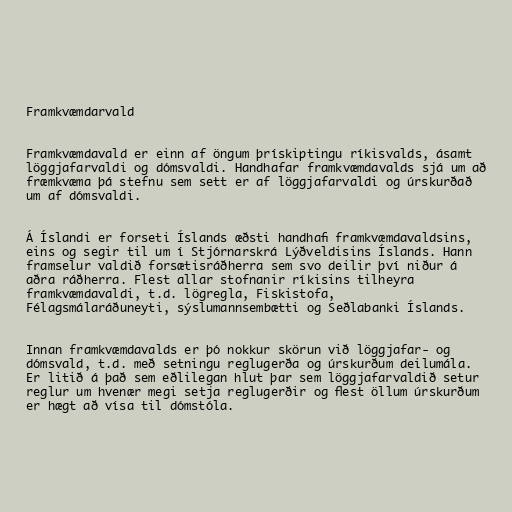
Framkvæmdarvald

Framkvæmdavald er einn af öngum þrískiptingu ríkisvalds, ásamt
löggjafarvaldi og dómsvaldi. Handhafar framkvæmdavalds sjá um að
fræmkvæma þá stefnu sem sett er af löggjafarvaldi og úrskurðað
um af dómsvaldi.

Á Íslandi er forseti Íslands æðsti handhafi framkvæmdavaldsins,
eins og segir til um í Stjórnarskrá Lýðveldisins Íslands. Hann
framselur valdið forsætisráðherra sem svo deilir því niður á
aðra ráðherra. Flest allar stofnanir ríkisins tilheyra
framkvæmdavaldi, t.d. lögregla, Fiskistofa,
Félagsmálaráðuneyti, sýslumannsembætti og Seðlabanki Íslands.

Innan framkvæmdavalds er þó nokkur skörun við löggjafar- og
dómsvald, t.d. með setningu reglugerða og úrskurðum deilumála.
Er litið á það sem eðlilegan hlut þar sem löggjafarvaldið setur
reglur um hvenær megi setja reglugerðir og flest öllum úrskurðum
er hægt að vísa til dómstóla.